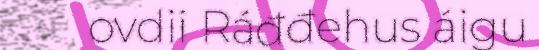
ovdii Ráđđehus áigu